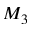
M _ { 3 }